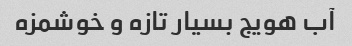
آب هویج بسیار تازه و خوشمزه